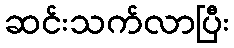
ဆင်းသက်လာပြီး